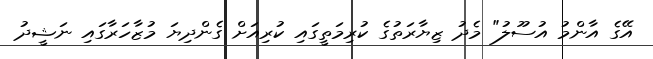
އޭގެ އާންމު އުސޫލު" މެދު ޒިޔާރަތުގެ ކުރިމަތީގައި ކުރިއަށް ގެންދިޔަ މުޒާހަރާގައި ނަޝީދު